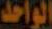
الواحد